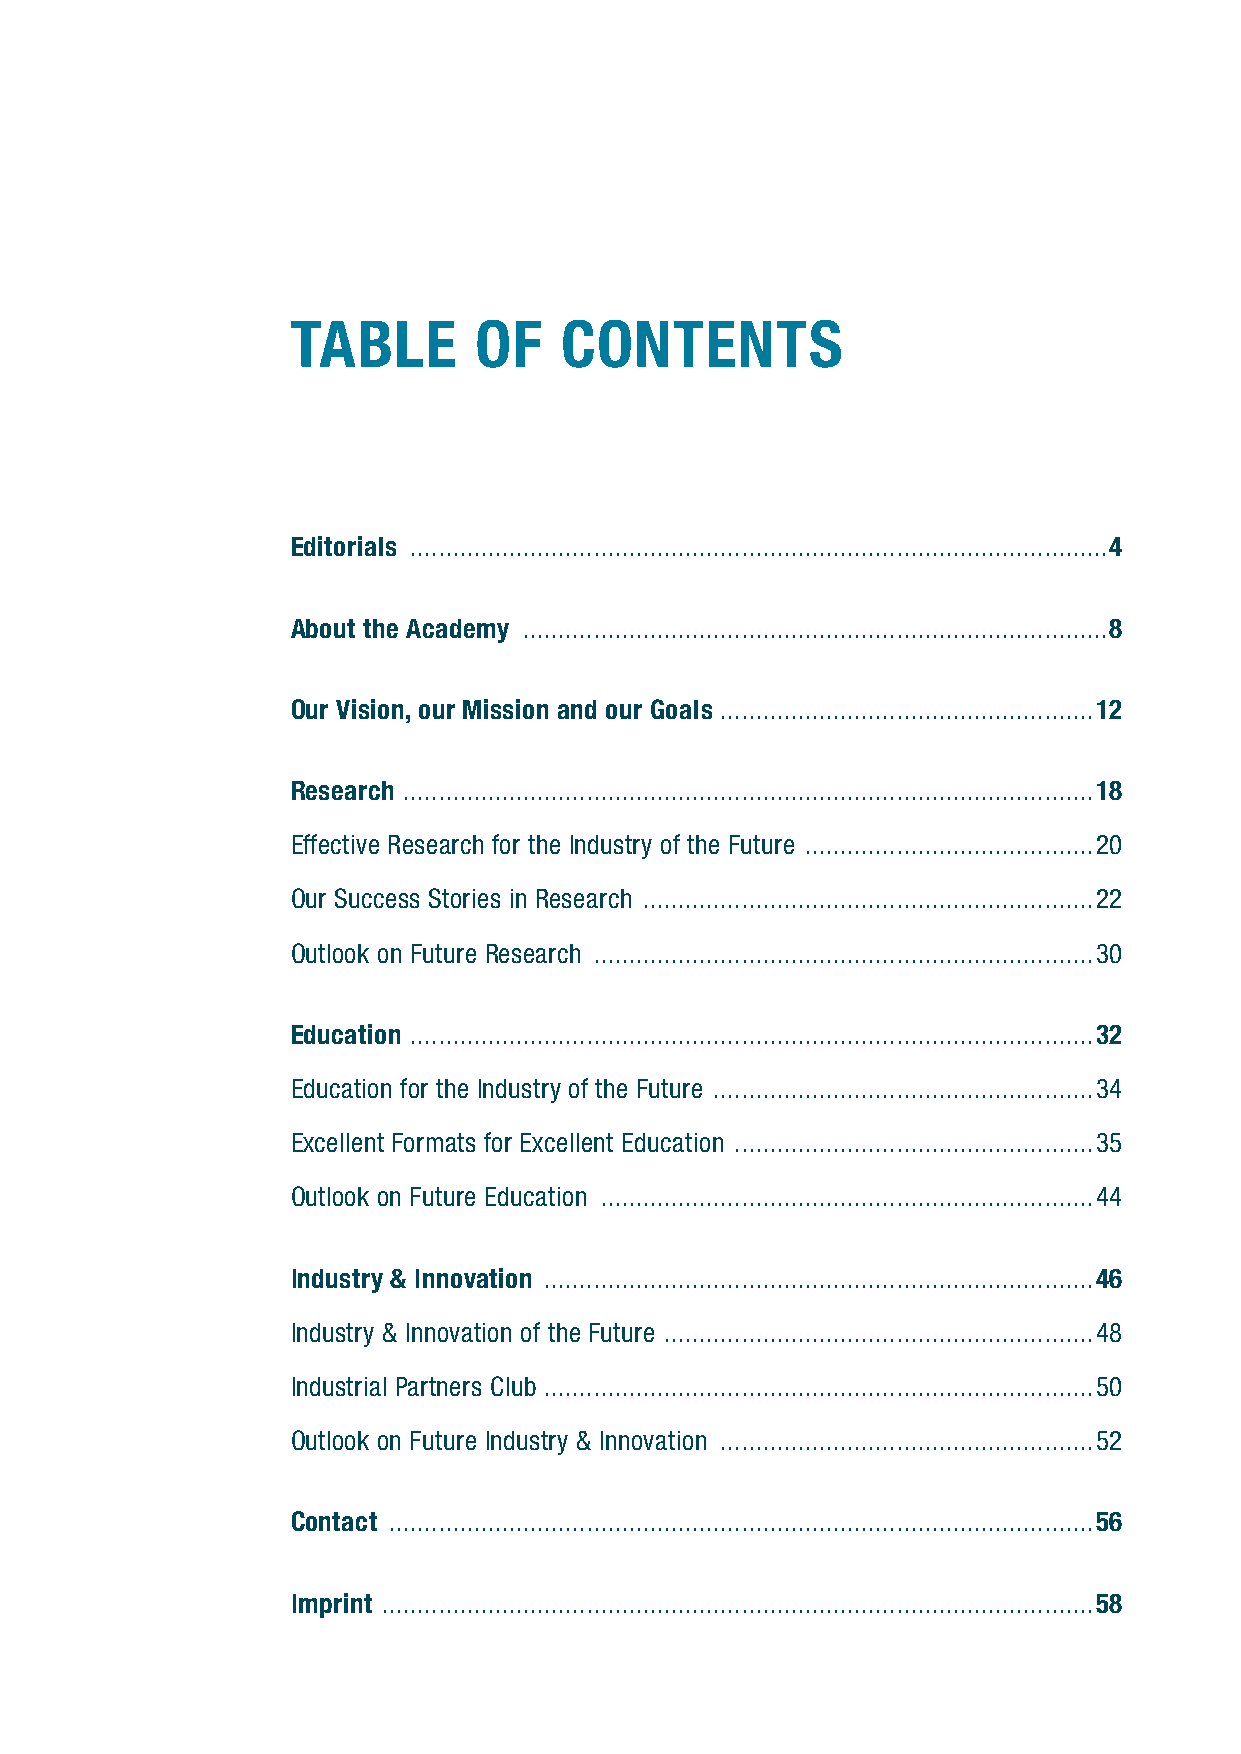
TABLE       OF    CONTENTS
 Editorials ...................................................................................................4
 About the Academy ...................................................................................8
 Our Vision, our Mission and our Goals . ....................................................12
 Research ..................................................................................................18
 Effective Research for the Industry of the Future .........................................20
 Our Success Stories in Research ................................................................22
 Outlook on Future Research .......................................................................30
 Education .................................................................................................32
 Education for the Industry of the Future ......................................................34
 Excellent Formats for Excellent Education ...................................................35
 Outlook on Future Education ......................................................................44
 Industry & Innovation ..............................................................................46
 Industry & Innovation of the Future .............................................................48
 Industrial Partners Club . .............................................................................50
 Outlook on Future Industry & Innovation .....................................................52
 Contact ....................................................................................................56
 Imprint .....................................................................................................58